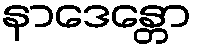
နာဒေန္တော